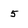
Character: 5